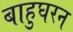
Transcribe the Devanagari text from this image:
बाहुघरन